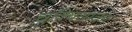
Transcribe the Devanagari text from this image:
चुक्विसाका